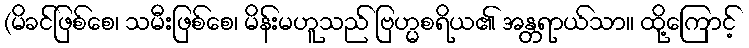
(မိခင်ဖြစ်စေ၊ သမီးဖြစ်စေ၊ မိန်းမဟူသည် ဗြဟ္မစရိယ၏ အန္တရာယ်သာ။ ထို့ကြောင့်